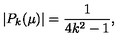
| P _ { k } ( \mu ) | = \frac { 1 } { 4 k ^ { 2 } - 1 } ,